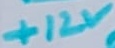
Text: +12V